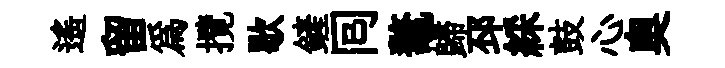
遥留為攬歇鏟囘鼇歸邳綵鼓心奥